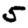
Digit: 5